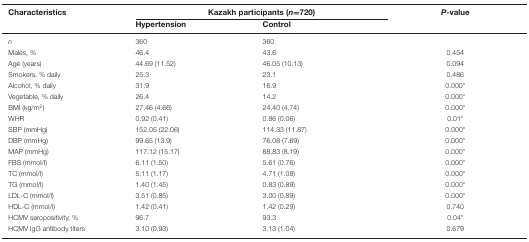
| Characteristics | <COLSPAN=2> Kazakh participants (n=720) | P-value |
 |  | Hypertension | Control |  |
 | --- | --- | --- | --- |
 | n | 360 | 360 |  |
 | Males, % | 46.4 | 43.6 | 0.454 |
 | Age (years) | 44.69 (11.52) | 46.05 (10.13) | 0.094 |
 | Smokers, % daily | 25.3 | 23.1 | 0.486 |
 | Alcohol, % daily | 31.9 | 16.9 | 0.000* |
 | Vegetable, % daily | 26.4 | 14.2 | 0.000* |
 | BMI (kg/m2) | 27.46 (4.66) | 24.40 (4.74) | 0.000* |
 | WHR | 0.92 (0.41) | 0.86 (0.06) | 0.01* |
 | SBP (mmHg) | 152.05 (22.06) | 114.33 (11.87) | 0.000* |
 | DBP (mmHg) | 99.65 (13.9) | 76.08 (7.69) | 0.000* |
 | MAP (mmHg) | 117.12 (15.17) | 88.83 (8.19) | 0.000* |
 | FBS (mmol/l) | 6.11 (1.50) | 5.61 (0.76) | 0.000* |
 | TC (mmol/l) | 5.11 (1.17) | 4.71 (1.08) | 0.000* |
 | TG (mmol/l) | 1.40 (1.45) | 0.83 (0.89) | 0.000* |
 | LDL-C (mmol/l) | 3.51 (0.85) | 3.00 (0.89) | 0.000* |
 | HDL-C (mmol/l) | 1.42 (0.41) | 1.42 (0.29) | 0.740 |
 | HCMV seropositivity, % | 96.7 | 93.3 | 0.04* |
 | HCMV IgG antibody titers | 3.10 (0.93) | 3.13 (1.04) | 0.679 |